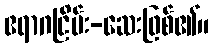
ဧရာဂငြိမ်း-ဆေးဖြစ်၏။